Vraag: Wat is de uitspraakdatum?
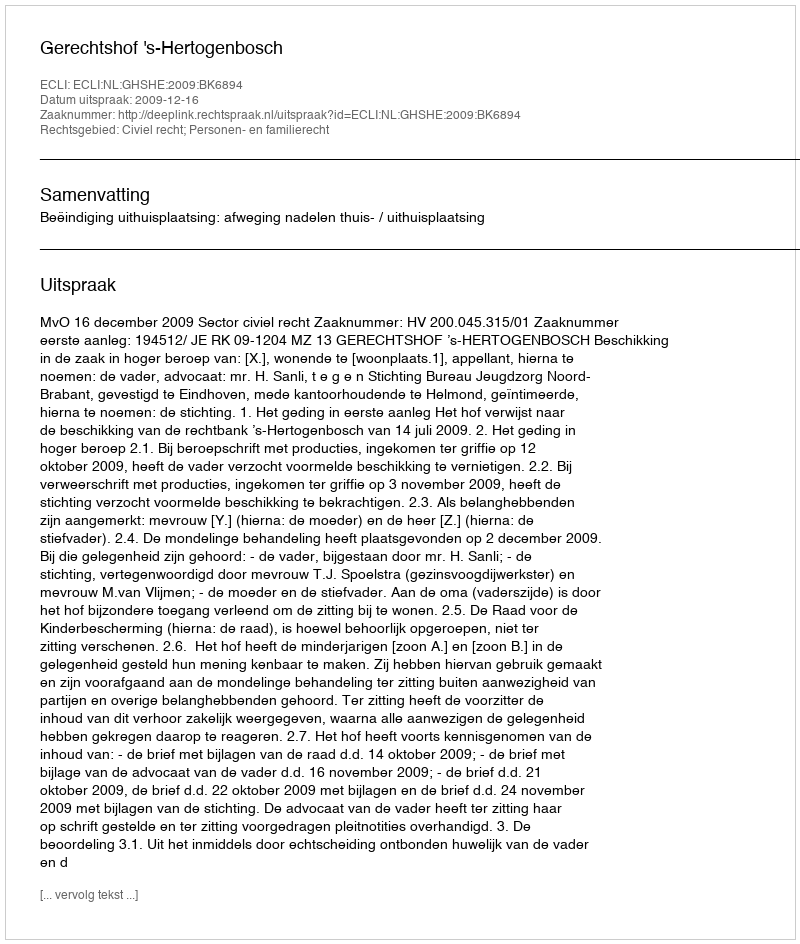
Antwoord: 2009-12-16